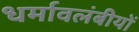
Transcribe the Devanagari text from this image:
धर्मावलंबीयों